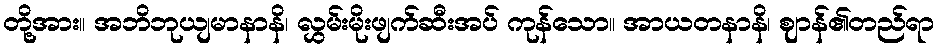
တို့အား။ အဘိဘုယျမာနာနိ၊ လွှမ်းမိုးဖျက်ဆီးအပ် ကုန်သော။ အာယတနာနိ၊ ဈာန်၏တည်ရာ